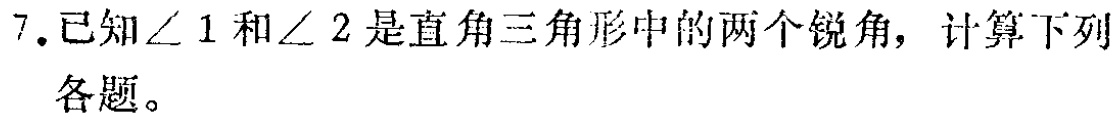
7.已知$\angle 1$和$\angle 2$是直角三角形中的两个锐角，计算下列各题。